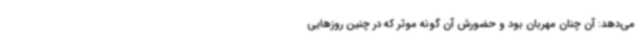
می‌دهد: آن چنان مهربان بود و حضورش آن گونه موثر که در چنین روزهایی